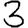
Digit: 3